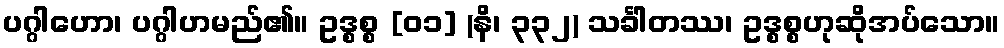
ပဂ္ဂါဟော၊ ပဂ္ဂါဟမည်၏။ ဥဒ္စစ္စ [၀၁] (နိ၊ ၃၃၂) သင်္ခါတဿ၊ ဥဒ္စစ္စဟုဆိုအပ်သော။